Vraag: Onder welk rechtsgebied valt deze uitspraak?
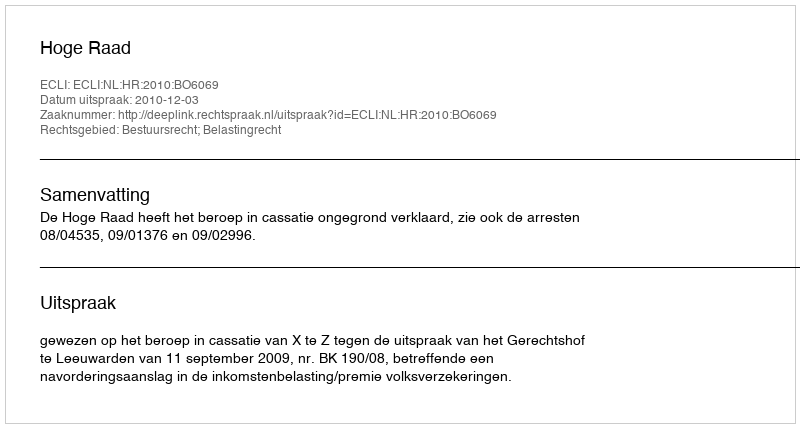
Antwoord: Bestuursrecht; Belastingrecht